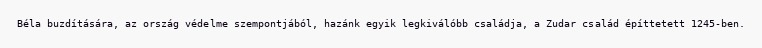
Béla buzdítására, az ország védelme szempontjából, hazánk egyik legkiválóbb családja, a Zudar család építtetett 1245-ben.